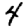
Digit: 4